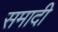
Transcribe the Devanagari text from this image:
समादी